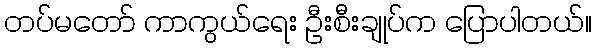
တပ်မတော် ကာကွယ်ရေး ဦးစီးချုပ်က ပြောပါတယ်။